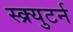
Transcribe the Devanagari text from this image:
स्क्र्युटर्न